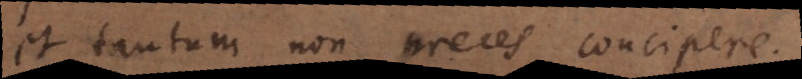
et tantum non preces concipere.